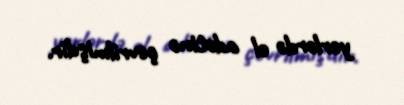
yerlərdə el adətinə çevrilmişdir.